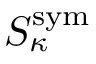
S _ { \kappa } ^ { \mathrm { s y m } }